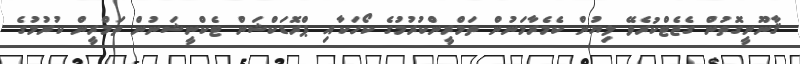
ޤާނޫނީގޮތުން ގެޒެޓްކުރެވޭ ލިޔުން ކެމެރާމަނުން ތަމްރީންކުރުމުގެ ކޯހަކާއި ޕްރޮޑަކްޝަން ޓެކްނީޝަނުން ތަމްރީން ކުރުމުގެ